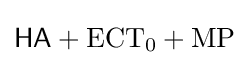
{\mathsf {HA}}+{\mathrm {ECT} }_{0}+{\mathrm {MP} }